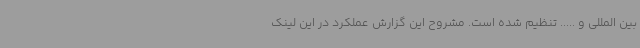
بین المللی و ..... تنظیم شده است. مشروح این گزارش عملکرد در این لینک